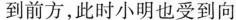
到前方，此时小明也受到向